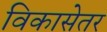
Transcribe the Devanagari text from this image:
विकासेतर